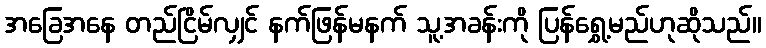
အခြေအနေ တည်ငြိမ်လျှင် နက်ဖြန်မနက် သူ့အခန်းကို ပြန်ရွှေ့မည်ဟုဆိုသည်။